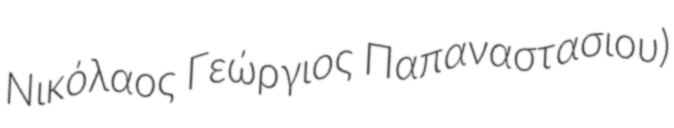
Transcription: Νικόλαος Γεώργιος Παπαναστασιου)